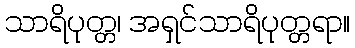
သာရိပုတ္တ၊ အရှင်သာရိပုတ္တရာ။